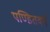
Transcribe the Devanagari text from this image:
पण्डितवर्ग